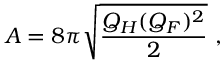
A = 8 \pi \sqrt { \frac { Q _ { H } ( Q _ { F } ) ^ { 2 } } { 2 } } \ ,